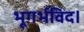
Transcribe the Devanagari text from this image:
भूगर्भविद।